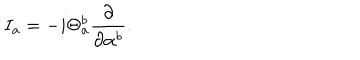
I _ { a } = - i \Theta _ { a } ^ { b } \frac { \partial } { \partial \alpha ^ { b } } .